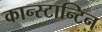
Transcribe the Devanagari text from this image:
कान्स्टान्टिन